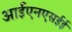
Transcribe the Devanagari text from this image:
आईएनएसईई